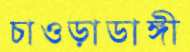
চাওড়াডাঙ্গী